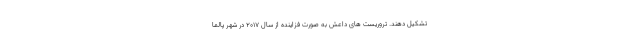
تشکیل دهند. تروریست های داعش به صورت فزاینده از سال ۲۰۱۷ در شهر پالما